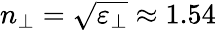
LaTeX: n_{\perp}=\sqrt{\varepsilon_{\perp}}\approx 1.54